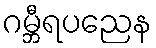
ဂမ္ဘီရပညေန